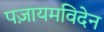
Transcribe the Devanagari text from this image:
पज़ायमविदेन